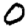
Digit: 0